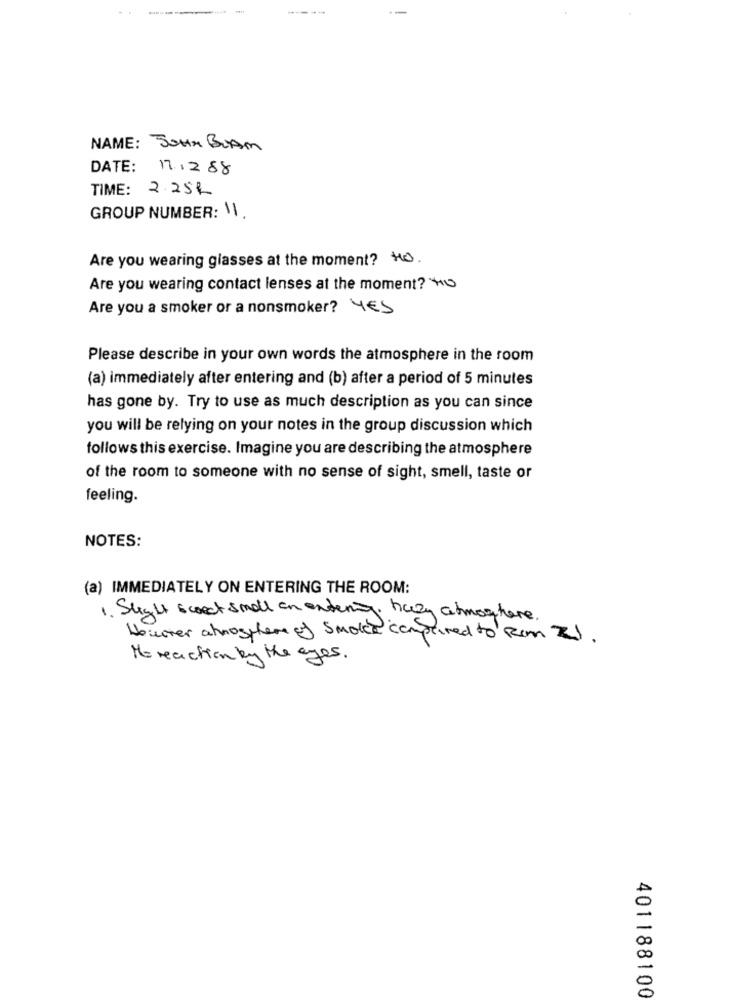
NAME: JOHN BLAM
DATE: 17.1288
TIME: 2.254
GROUP NUMBER: 11.
Are you wearing glasses at the moment? to.
Are you wearing contact lenses at the moment? "
Are you a smoker or a nonsmoker? YES
Please describe in your own words the atmosphere in the room
(a) immediately after entering and (b) after a period of 5 minutes
has gone by. Try to use as much description as you can since
you will be relying on your notes in the group discussion which
follows this exercise. Imagine you are describing the atmosphere
of the room to someone with no sense of sight, smell, taste or
feeling.
NOTES:
(a) IMMEDIATELY ON ENTERING THE ROOM:
1. Slight sweet smell on entering hazy atmoshere.
Houver atmosphere of smoke comprised to Rim ZJ.
Moreaction by the eyes.
401188100